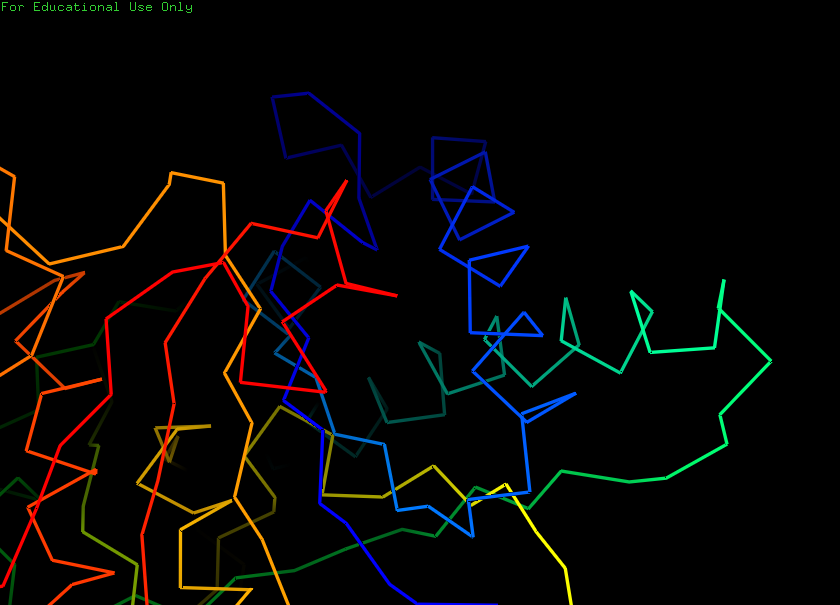
pymol, preset, ligand_sites